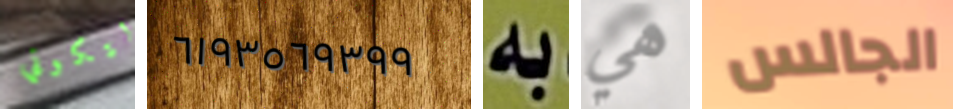
لتكوني ٦١٩٣٥٦٩٣٩٩ به هي الجالس